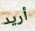
أريد